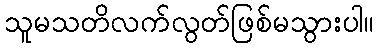
သူမသတိလက်လွတ်ဖြစ်မသွားပါ။